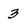
Character: 3